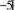
-5